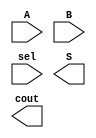
/*--  *******************************************************
--  Computer Architecture Course, Laboratory Sources 
--  Amirkabir University of Technology (Tehran Polytechnic)
--  Department of Computer Engineering (CE-AUT)
--  https://ce[dot]aut[dot]ac[dot]ir
--  *******************************************************
--  All Rights reserved (C) 2019-2020
--  *******************************************************
--  Student ID  : 
--  Student Name: 
--  Student Mail: 
--  *******************************************************
--  Additional Comments:
--
--*/

/*-----------------------------------------------------------
---  Module Name: 4 Bits Adder/Subtractor
---  Description: Lab 07 Part 2
-----------------------------------------------------------*/
`timescale 1 ns/1 ns

module adder_subtractor_4bit (
	input [3:0] A ,
	input [3:0] B ,
	input sel , // 0: add, 1: subtract
	output [3:0] S ,
	output cout
);

	/* write your code here */
	
	/* write your code here */

endmodule